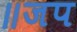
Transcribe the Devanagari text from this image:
॥जप